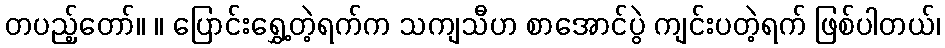
တပည့်တော်။ ။ ပြောင်းရွှေ့တဲ့ရက်က သကျသီဟ စာအောင်ပွဲ ကျင်းပတဲ့ရက် ဖြစ်ပါတယ်၊